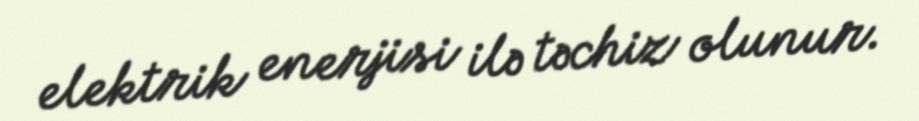
elektrik enerjisi ilə təchiz olunur.